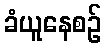
ခံယူနေစဉ်